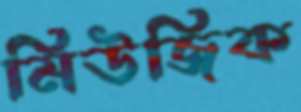
মিউজিক